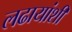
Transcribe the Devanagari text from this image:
लढायांशी